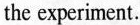
to the experiment.